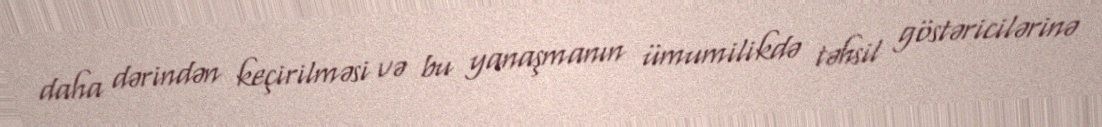
daha dərindən keçirilməsi və bu yanaşmanın ümumilikdə təhsil göstəricilərinə